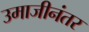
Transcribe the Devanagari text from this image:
उमाजीनंतर